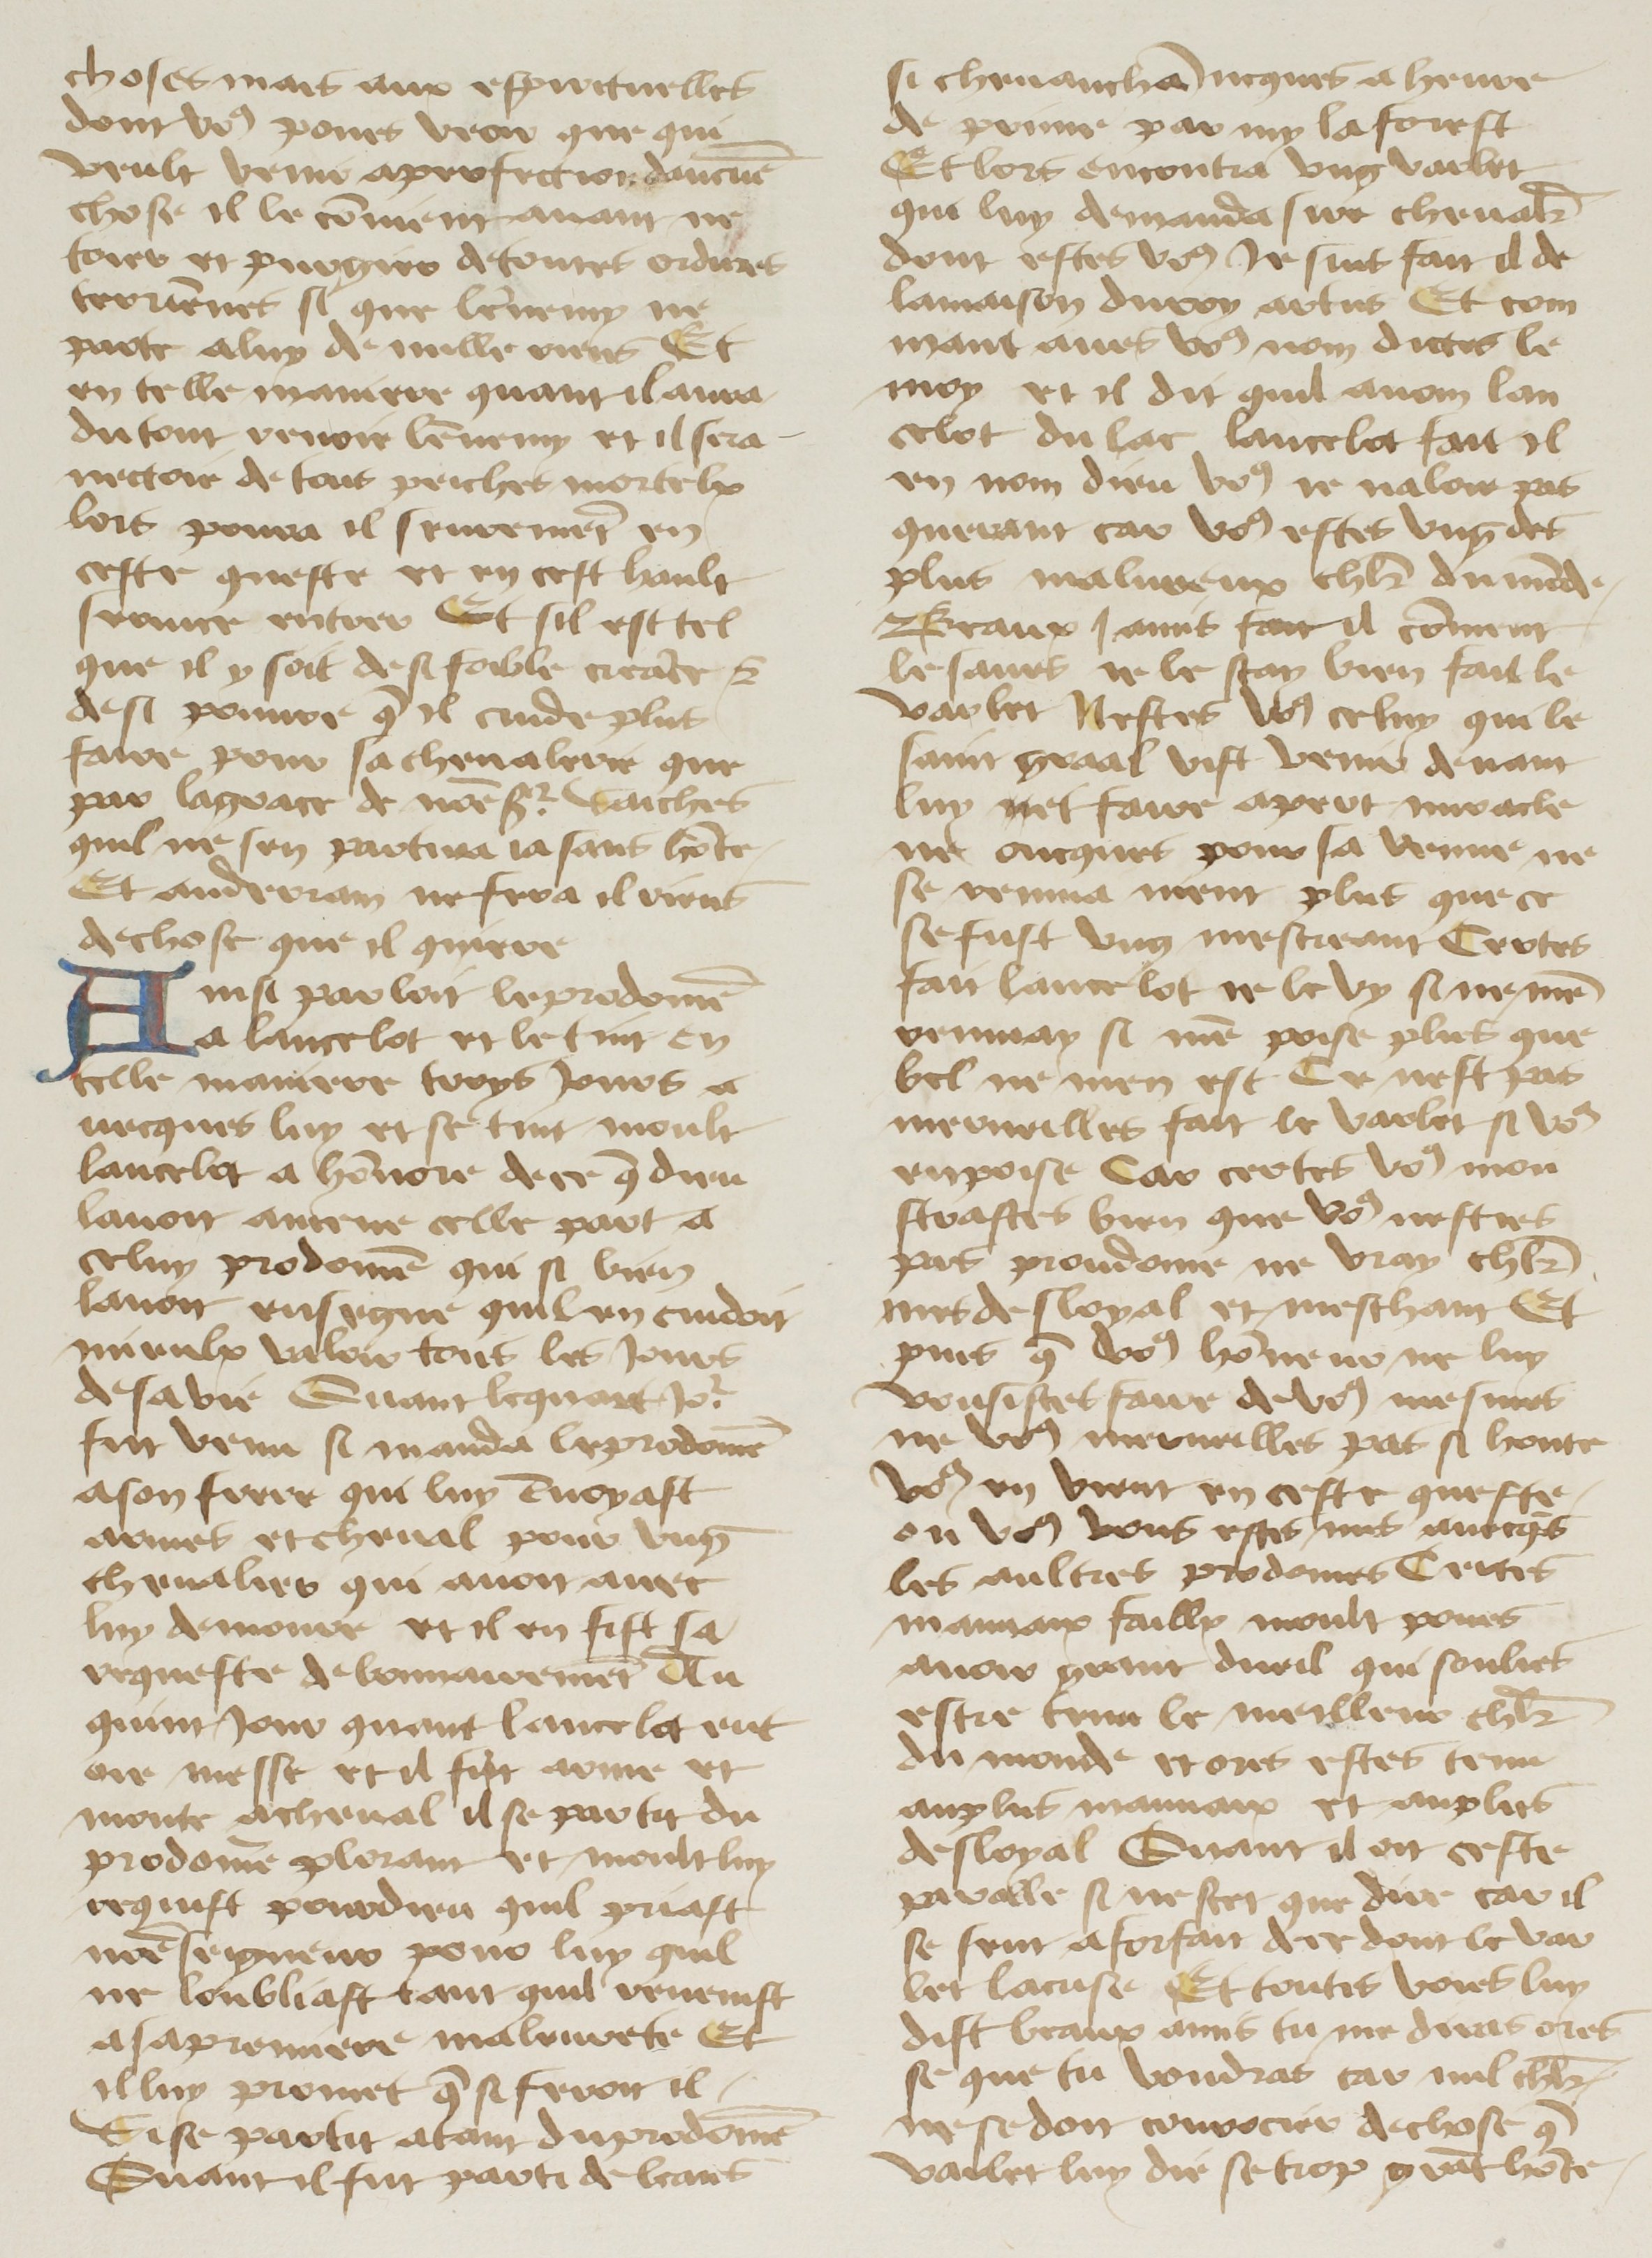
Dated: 1400–1499